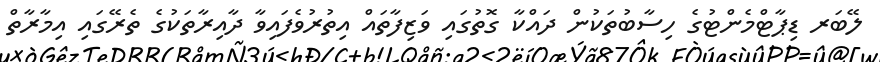
ލޭބަރ ޑިޕާޓްމެންޓުގެ ހިސާބުތަކުން ދައްކާ ގޮތުގައި ވަޒިފާތައް އިތުރުވެފައިވާ ދާއިރާތަކުގެ ތެރޭގައި އިމާރާތް